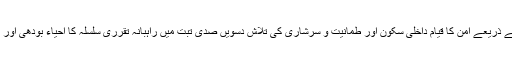
انھی مشمولات سے مماثل صفحات:انور سادات امن لیکچر داخلی سکون کے ذریعے امن کا قیام داخلی سکون اور طمانیت و سرشاری کی تلاش دسویں صدی تبت میں راہبانہ تقرری سلسلہ کا احیاء بودھی اور اسلامی ثقافتوں کے مابی نتاریخی تعامل: منگول سلطنت سے پہلے – ۱۱۔